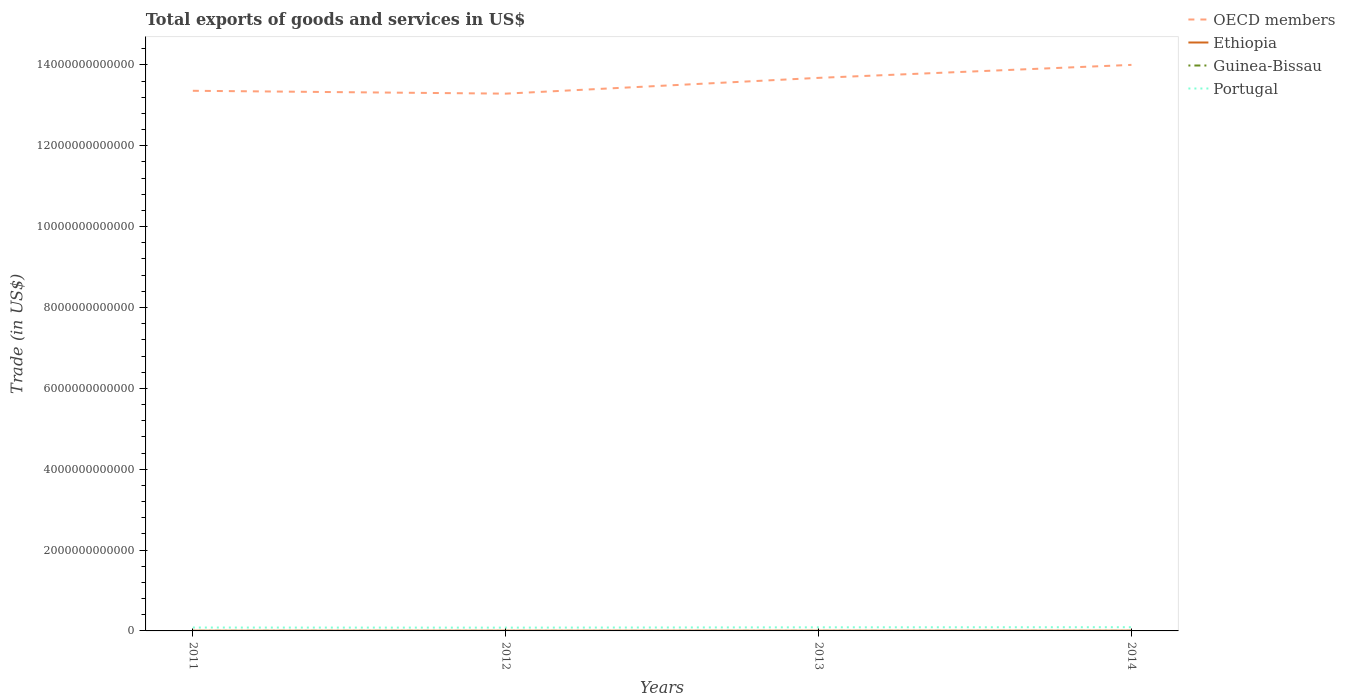
| Years | OECD members | Ethiopia | Guinea-Bissau | Portugal |
 | --- | --- | --- | --- | --- |
 | 2011 | 1.34e+13 | 5.33e+09 | 2.96e+08 | 8.4e+10 |
 | 2012 | 1.33e+13 | 5.96e+09 | 1.43e+08 | 8.16e+10 |
 | 2013 | 1.37e+13 | 5.95e+09 | 1.65e+08 | 8.93e+10 |
 | 2014 | 1.4e+13 | 6.47e+09 | 1.68e+08 | 9.21e+10 |